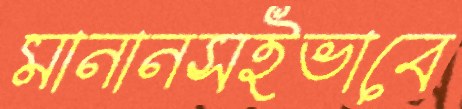
মানানসইভাবে